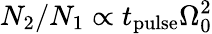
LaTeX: N_{2}/N_{1}\propto t_{\mathrm{pulse}}\Omega_{0}^{2}